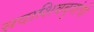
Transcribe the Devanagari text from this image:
सदाशिवबुवांची